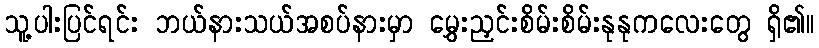
သူ့ပါးပြင်ရင်း ဘယ်နားသယ်အစပ်နားမှာ မွှေးညှင်းစိမ်းစိမ်းနုနုကလေးတွေ ရှိ၏။